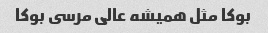
بوکا مثل همیشه عالى مرسى بوکا